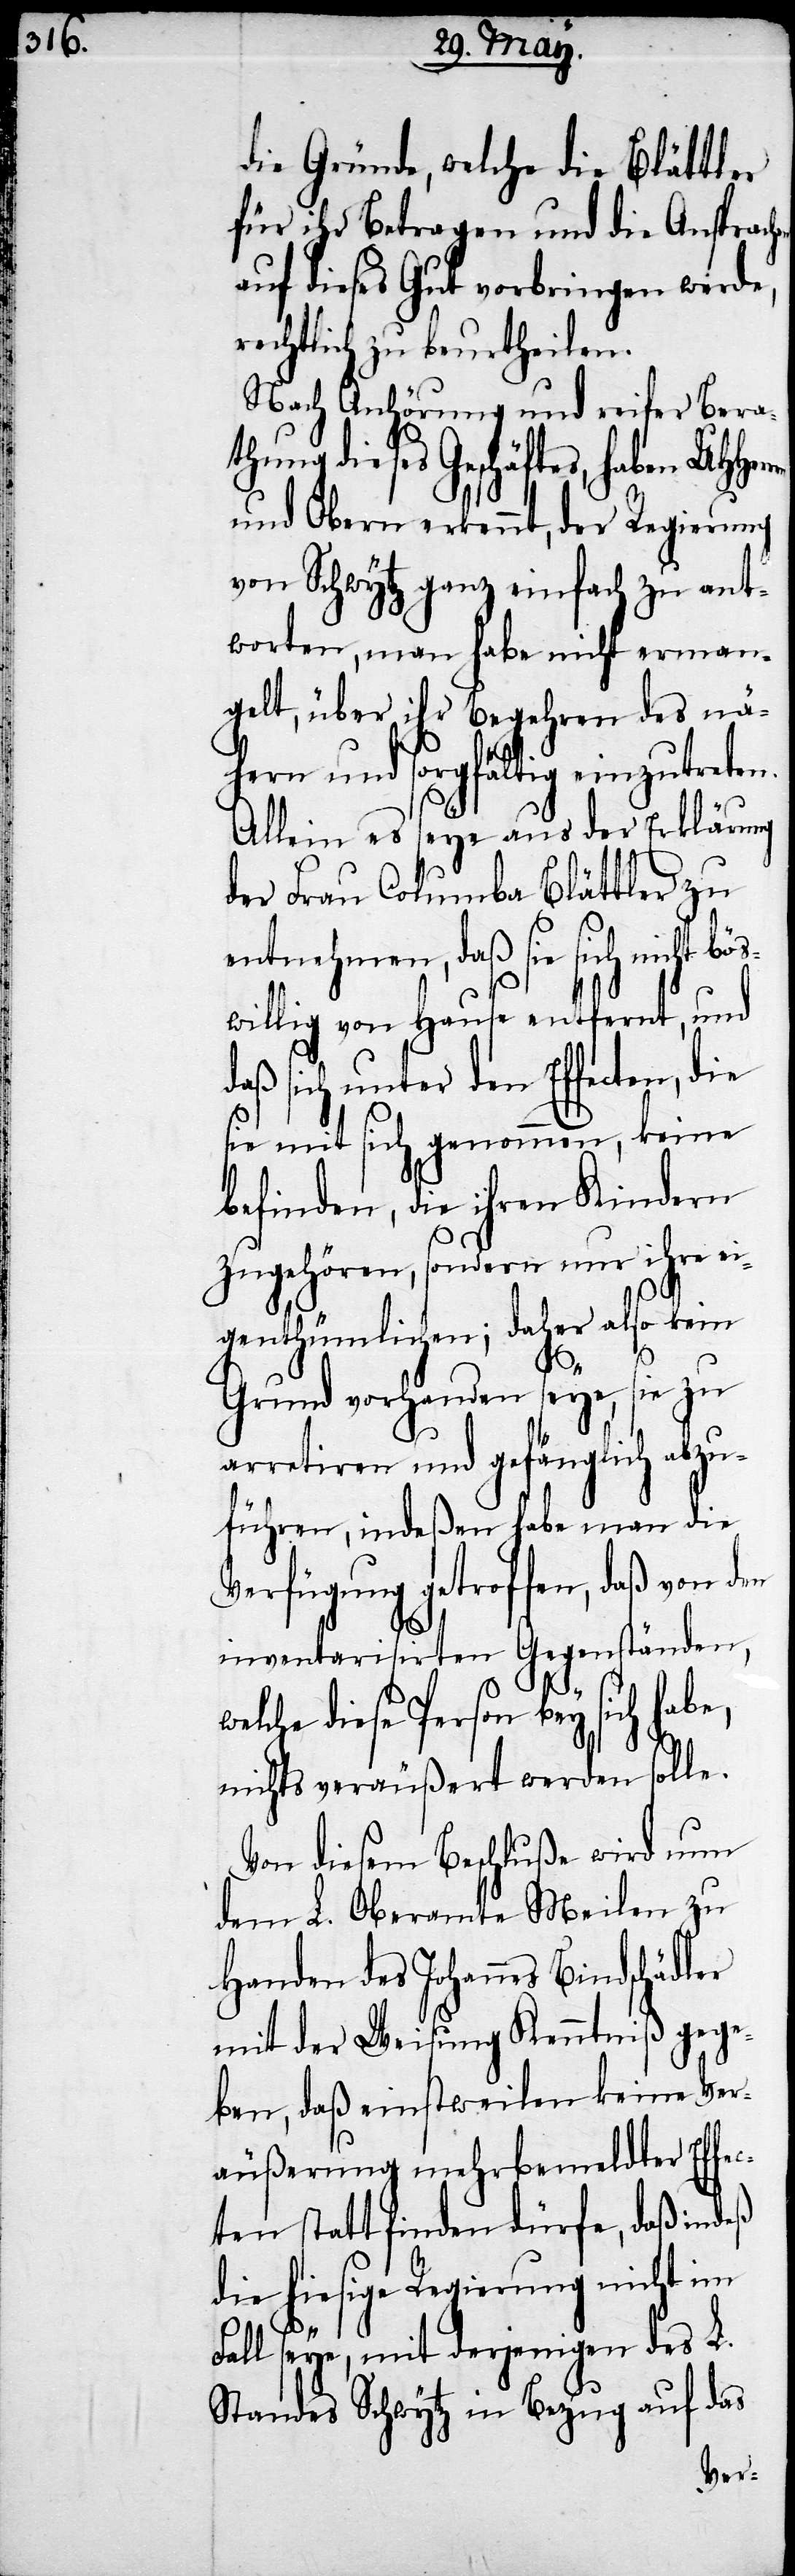
die Gründe, welche die Blättler
für ihr Betragen und die Ansprache
auf dieses Gut vorbringen werde,
rechtlich zu beurtheilen.
Nach Anhörung und reifer Bera¬
thung dieses Geschäftes, haben
und Obern erkennt, der Regierung
von Schwytz ganz einfach zu ant¬
worten, man habe nicht erman¬
gelt, über ihr Begehren des nä¬
hern und sorgfältig einzutreten.
Allein es seye aus der Erklärung
der Frau Columba Blättler zu
entnehmen, daß sie sich nicht b¬
willig von Hause entfernt, und
daß sich unter den Effecten, die
sie mit sich genommen, keine
befinden, die ihren Kindern
zugehören, sonder nur ihre ei¬
genthümlichen; daher also kein
Grund vorhanden seye, sie zu
arretiren und gefänglich abzu¬
führen, indeßen habe man die
Verfügung getroffen, daß von
inventarisirten Gegenständen,
lche diese Person bey sich hab¬
e,
nichts veräußert werden solle.
Von diesem Beschluße wird nun
dem L. Oberamte Meilen zu
Handen des Johannes Bindschädler
mit der Weisung Kenntniß gege¬
ben, daß einstweilen keine Ver¬
äußerung mehrbemeldter Effe¬
cten statt finden dürfe, daß indeß
die hiesige Regierung nicht im
Fall seye, mit derjenigen des L.
Standes Schwytz in Bezug auf das
we¬